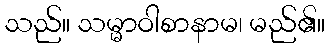
သည်။ သမ္မာဝါစာနာမ၊ မည်၏။